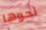
نحوها